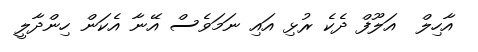
އާހިލް  އަލޫފް ދެކެ ރުޅި އައި ނަމަވެސް އޭނާ އެކަން ހިންދާލީ